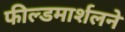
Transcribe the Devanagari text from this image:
फील्डमार्शलने